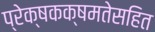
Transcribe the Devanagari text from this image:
प्रेक्षकक्षमतेसहित